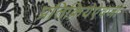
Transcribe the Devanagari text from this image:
प्रतिक्रियेऐवजी